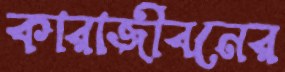
কারাজীবনের